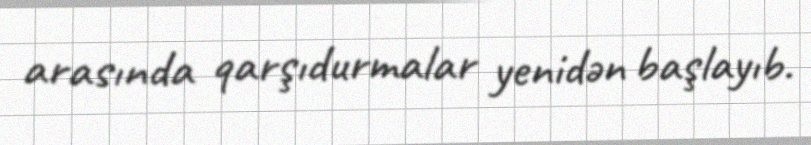
arasında qarşıdurmalar yenidən başlayıb.